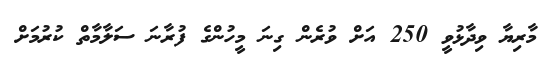
މާރިޔާ ވިދާޅުވީ 250 އަށް ވުރެން ގިނަ މީހުންގެ ފުރާނަ ސަލާމާތް ކުރުމަށް